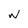
Character: W